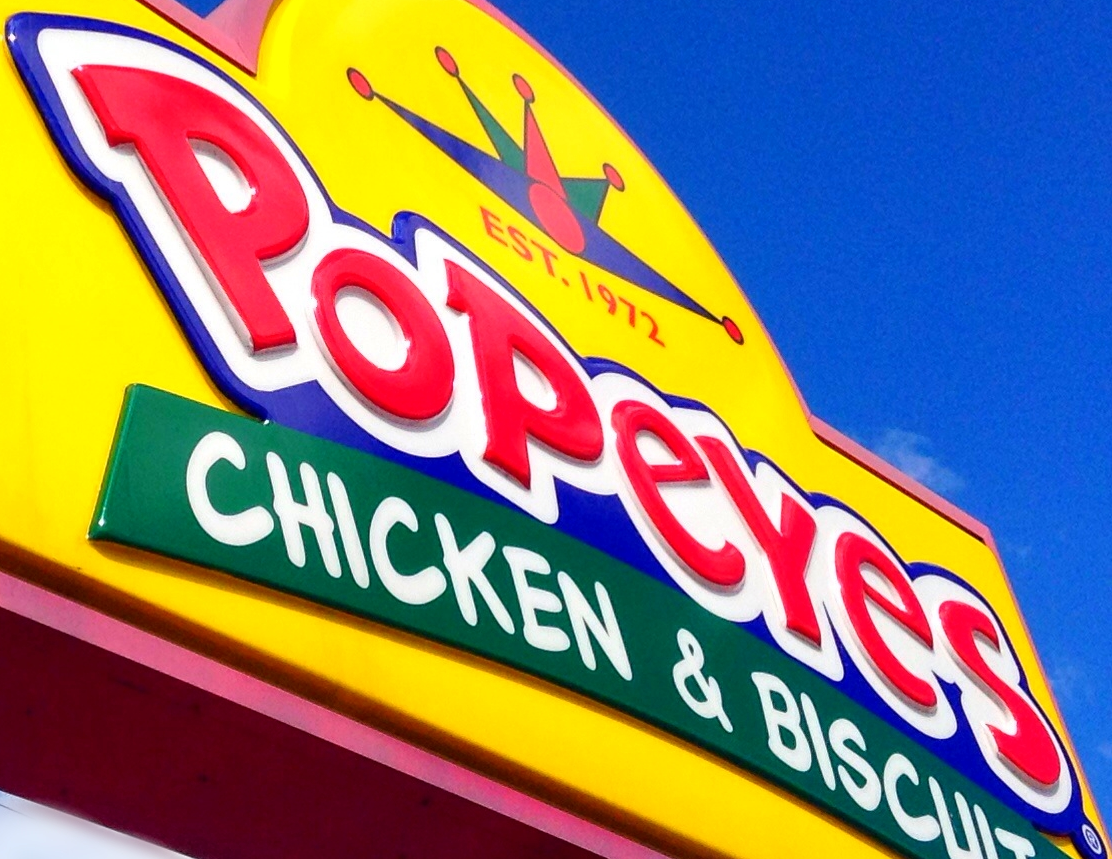
PopeYes